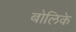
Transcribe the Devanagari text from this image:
बोलिके